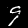
Digit: 9